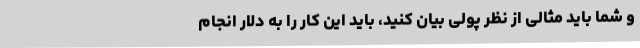
و شما باید مثالی از نظر پولی بیان کنید، باید این کار را به دلار انجام